Annual report of the Imperial Bacteriologist
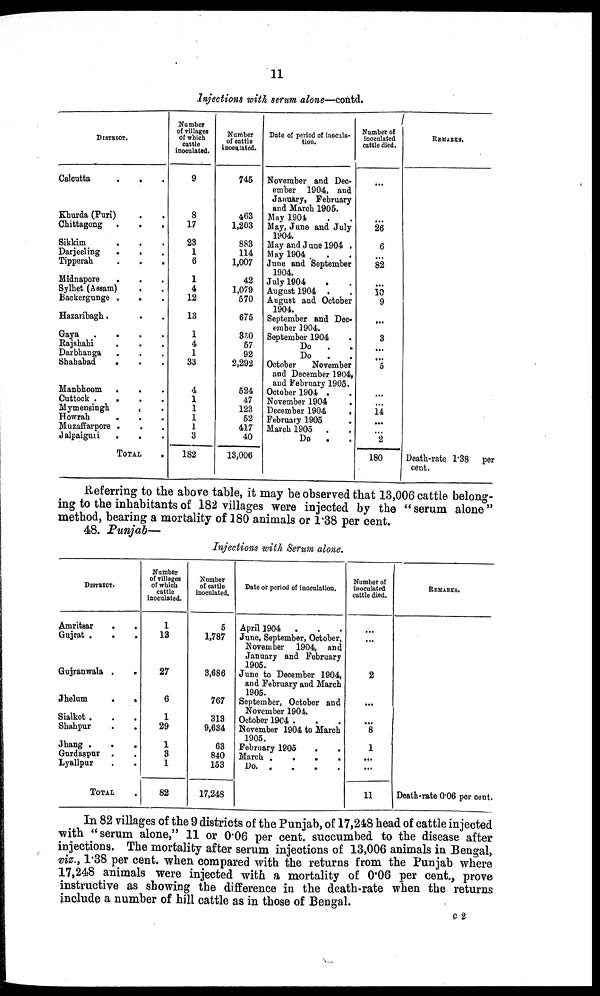
11
Injections with serum alone—contd.
DISTRICT.
Calcutta
.
.
Khurda (Puri)
Chittagong
Sikkim
.
Darjeeling
Tipperah
.
.
.
Midnapore
Sylhet (Assam)
Backergunge .
.
Hazaribagh
Gaya
...
Rajshahi
Darbhanga
Shahabad
. . .
Manbhoom . . .
Cuttock
.
Mymensingh
.
Howrah
Muzaffarpore .
Jalpaiguri
.
.
TOTAL
Number
of villages
of which
cattle
inoculated.
9
8
17
23
1
6
1
4
12
13
1
4
1
33
4
1
1
1
1
3
182
Number
of cattle
inoculated.
745
463
1,203
883
114
1,007
42
1,079
570
675
350
57
92
2,292
524
47
123
52
417
40
13,006
Date of period of inocula-
tion.
November and Dec-
ember 1904, and
January, February
and March 1905.
May 1904
May, June and July
1904.
May and June 1904 .
May 1904
June and September
1904.
July 1904
August 1904 .
August and October
1904.
September and Dec-
ember 1904.
September 1904
Do
Do
.
October
November
and December 1904,
and February 1905.
October 1904 .
November 1904
December 1904
.
February 1905
March 1905 .
Do
.
Number of
inoculated
cattle died.
...
26
6
...
82
...
10
9
...
3
...
...
5
...
14
...
...
2
180
REMARKS.
Death-rate 1.38 per
cent.
Referring to the above table, it may be observed that 13,006 cattle belong-
ing to the inhabitants of 182 villages were injected by the "serum alone"
method, bearing a mortality of 180 animals or 1.38 per cent.
48. Punjab—
Injections with Serum alone.
DISTRICT.
Amritsar . .
Gujrat .
. .
Gujranwala .
.
Jhelum
.
.
Sialkot . . .
Shahpur
.
.
Jhang .
Gurdaspar .
Lyallpur
TOTAL
Number
of villages
of which
cattle
inoculated.
1
13
27
6
1
29
1
3
1
82
Number
of cattle
inoculated.
5
1,787
3,686
767
313
9,634
63
840
153
17,248
Date or period of inoculation.
April 1904
.
June, September, October,
November 1904, and
January and February
1905.
June to December 1904,
and February and March
1905.
September, October and
November 1904.
October 1904 .
November 1904 to March
1905.
February 1905
March .
.
.
.
Do.
.
.
.
.
Number of
inoculated
cattle died.
2
...
...
8
1
...
...
11
REMARKS.
Death-rate 0.06 per cent.
In 82 villages of the 9 districts of the Punjab, of 17,248 head of cattle injected
with "serum alone," 11 or 0.06 per cent. succumbed to the disease after
injections. The mortality after serum injections of 13,006 animals in Bengal,
viz., 1.38 per cent. when compared with the returns from the Punjab where
17,248 animals were injected with a mortality of 0.06 per cent., prove
instructive as showing the difference in the death-rate when the returns
include a number of hill cattle as in those of Bengal.
C 2